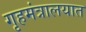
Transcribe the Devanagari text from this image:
गृहमंत्रालयात